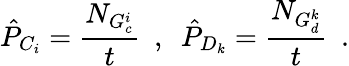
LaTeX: \hat{P}_{C_{i}}=\frac{N_{G_{c}^{i}}}{t}~~,~~\hat{P}_{D_{k}}=\frac{N_{G_{d}^{k}}}{t}~~.